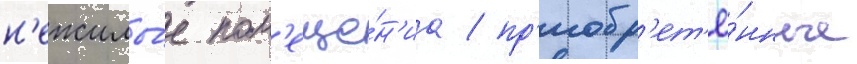
н'ежилы́е пом'еще́н'иа / пр'иобр'ет'ё́нные